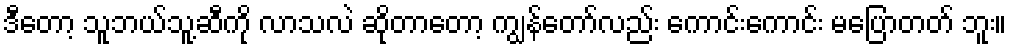
ဒီတော့ သူဘယ်သူ့ဆီကို လာသလဲ ဆိုတာတော့ ကျွန်တော်လည်း ကောင်းကောင်း မပြောတတ် ဘူး။